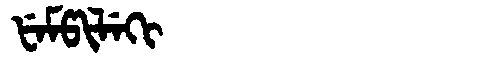
Manchu: ᡶᡝᠮᡦᡳᠯᡝᡴᡳ
Romanization: FEMPILEKI